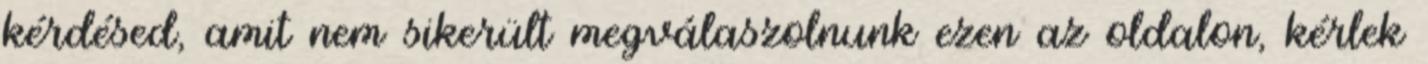
kérdésed, amit nem sikerült megválaszolnunk ezen az oldalon, kérlek